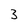
Character: 3